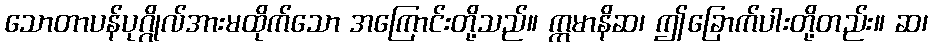
သောတာပန်ပုဂ္ဂိုလ်အားမထိုက်သော အကြောင်းတို့သည်။ ဣမာနိဆ၊ ဤခြောက်ပါးတို့တည်း။ ဆ၊